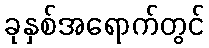
ခုနှစ်အရောက်တွင်